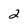
Character: 2